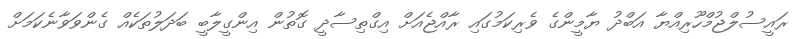
ރައީސުލްޖުމްހޫރިއްޔާ އަބްދު ޔާމީންގެ ވެރިކަމުގައި ރާއްޖެއަށް އިގްތިސާދީ ގޮތުން އިންގީލާބީ ބަދަލުތަކެއް ގެންވަވާނެކަމަށް